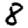
Digit: 8